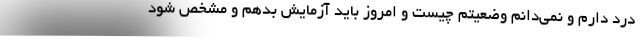
درد دارم و نمی‌دانم وضعیتم چیست و امروز باید آزمایش بدهم و مشخص شود